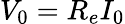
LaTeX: V_{0}=R_{e}I_{0}